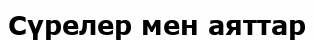
Сүрелер мен аяттар